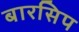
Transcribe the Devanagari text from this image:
बारसिप